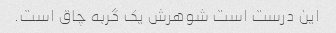
این درست است شوهرش یک گربه چاق است.